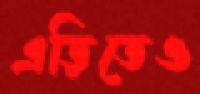
এড়িতেও